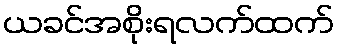
ယခင်အစိုးရလက်ထက်